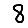
Digit: 8